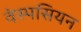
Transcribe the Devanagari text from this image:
वेस्पसियन